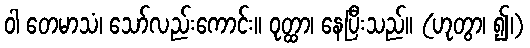
ဝါ တေမာသံ၊ သော်လည်းကောင်း။ ဝုတ္ထာ၊ နေပြီးသည်။ (ဟုတွာ၊ ၍၊)